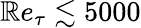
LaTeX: \mathbb{R}e_{\tau}\lesssim5000